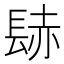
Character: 𨲂